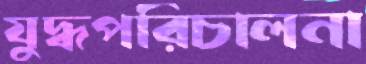
যুদ্ধপরিচালনা